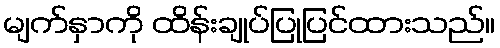
မျက်နှာကို ထိန်းချုပ်ပြုပြင်ထားသည်။